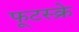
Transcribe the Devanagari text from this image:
फूटस्क्रे